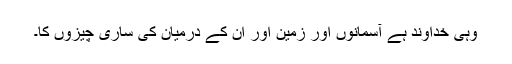
وہی خداوند ہے آسمانوں اور زمین اور ان کے درمیان کی ساری چیزوں کا۔